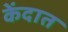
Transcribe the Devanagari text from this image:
केंदात